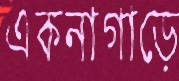
একনাগাড়ে